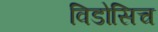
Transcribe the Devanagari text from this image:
विडोसिच